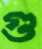
গু